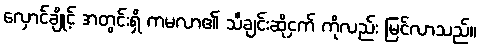
လှောင်ချိုင့် အတွင်းရှိ ကမလာ၏ သီချင်းဆိုငှက် ကိုလည်း မြင်လာသည်။